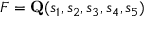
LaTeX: F = \mathbf { Q } ( s _ { 1 } , s _ { 2 } , s _ { 3 } , s _ { 4 } , s _ { 5 } )